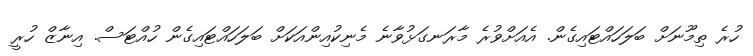
ހުރެ ތިމޫނަށް ބަލަހައްޓައިގެން. އެއަށްވުރެ މާރަނގަޅުވާނެ މެނިކުއިންއަކަށް ބަލަހައްޓައިގެން ހުއްޓަސް. އިނާޒް ހުރީ